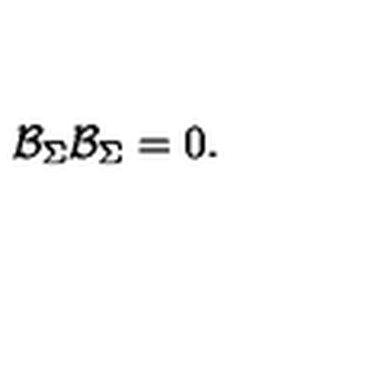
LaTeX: \mathcal { B } _ { \Sigma } \mathcal { B } _ { \Sigma } = 0 .